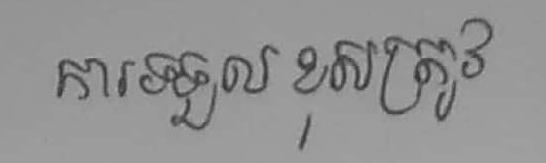
ការទទួល ខុសត្រូវ